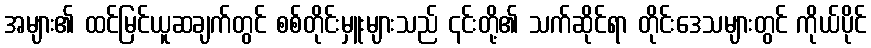
အများ၏ ထင်မြင်ယူဆချက်တွင် စစ်တိုင်းမှူးများသည် ၎င်းတို့၏ သက်ဆိုင်ရာ တိုင်းဒေသများတွင် ကိုယ်ပိုင်